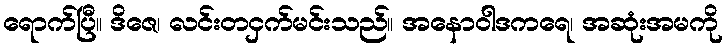
ရောက်ပြီ။ ဒိဇေ၊ လင်းတငှက်မင်းသည်။ အနောဝါဒကရေ၊ အဆုံးအမကို